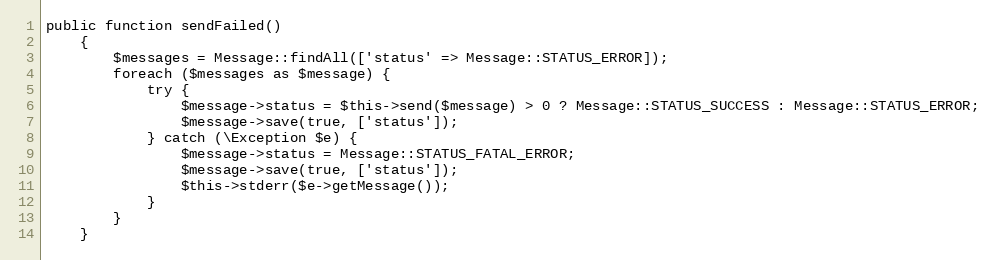
Language: PHP
public function sendFailed()
    {
        $messages = Message::findAll(['status' => Message::STATUS_ERROR]);
        foreach ($messages as $message) {
            try {
                $message->status = $this->send($message) > 0 ? Message::STATUS_SUCCESS : Message::STATUS_ERROR;
                $message->save(true, ['status']);
            } catch (\Exception $e) {
                $message->status = Message::STATUS_FATAL_ERROR;
                $message->save(true, ['status']);
                $this->stderr($e->getMessage());
            }
        }
    }